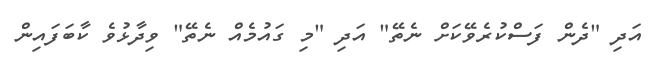
އަދި "ދެން ފަސްކުރެވޭކަށް ނެތޭ" އަދި "މި ގައުމެއް ނެތޭ" ވިދާޅުވެ ކާބަފައިން